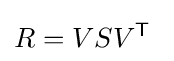
R=VSV^{\textsf {T}}~